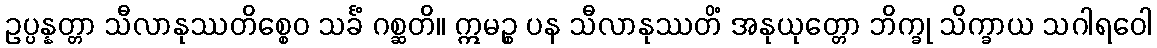
ဥပ္ပန္နတ္တာ သီလာနုဿတိစ္စေဝ သင်္ခံ ဂစ္ဆတိ။ ဣမဉ္စ ပန သီလာနုဿတိံ အနုယုတ္တော ဘိက္ခု သိက္ခာယ သဂါရဝေါ